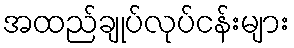
အထည်ချုပ်လုပ်ငန်းများ